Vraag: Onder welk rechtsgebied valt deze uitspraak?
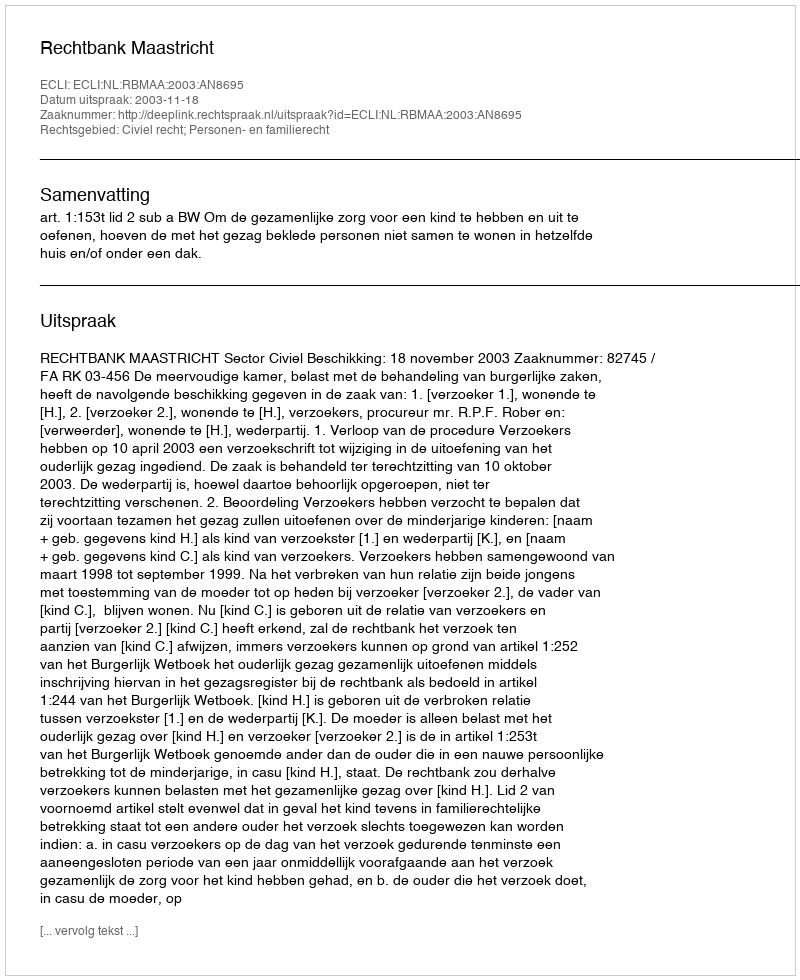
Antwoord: Civiel recht; Personen- en familierecht